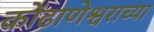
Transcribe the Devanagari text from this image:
कोंढाणेश्वराच्या